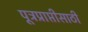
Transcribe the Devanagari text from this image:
पूत्रप्राप्तीसाठी